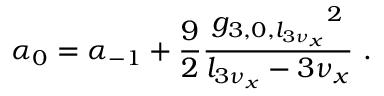
\displaystyle \alpha _ { 0 } = \alpha _ { - 1 } + \frac { 9 } { 2 } \frac { { g _ { 3 , 0 , l _ { 3 \nu _ { x } } } } ^ { 2 } } { l _ { 3 \nu _ { x } } - 3 \nu _ { x } } \ .